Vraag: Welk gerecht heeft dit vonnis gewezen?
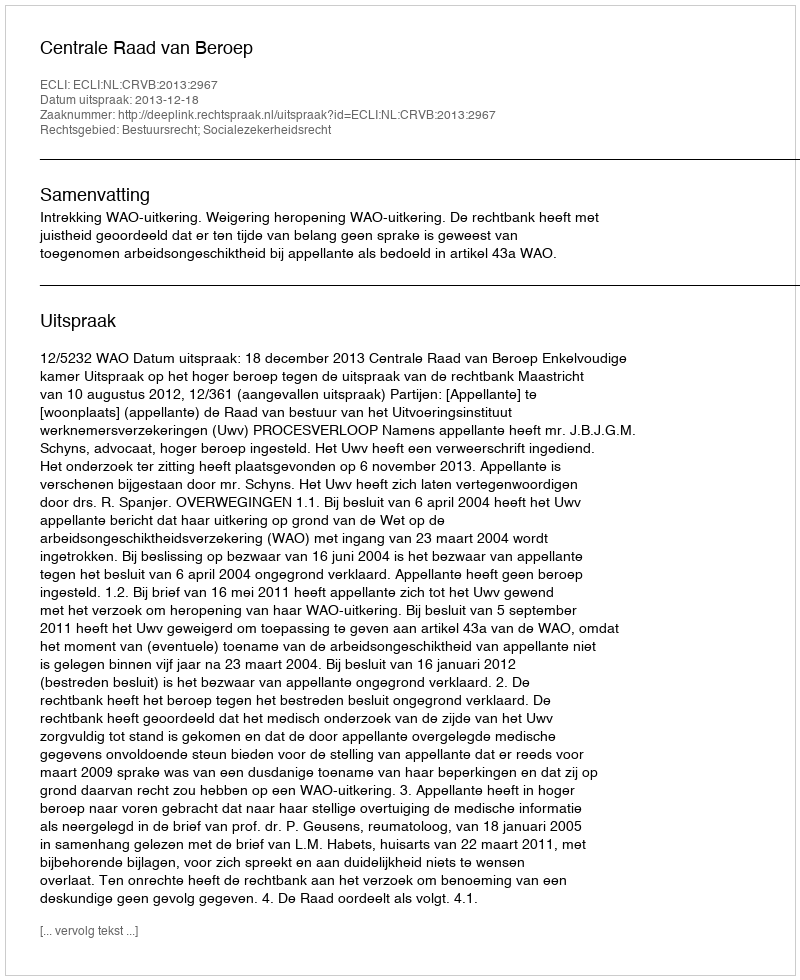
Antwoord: Centrale Raad van Beroep